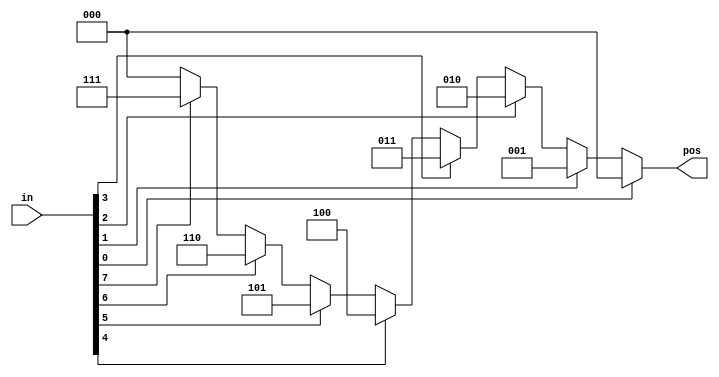
module top_module (
    input [7:0] in,
    output reg [2:0] pos );
    always @(*)
        begin
            casez (in)
                8'bz1: pos = 3'd0;
                8'bz1z: pos = 3'd1;
                8'bz1zz: pos = 3'd2;
                8'bz1zzz: pos = 3'd3;
                8'bz1zzzz: pos = 3'd4;
                8'bz1zzzzz: pos = 3'd5;
                8'bz1zzzzzz: pos = 3'd6;
                8'b1zzzzzzz: pos = 3'd7;
                default: pos = 3'b0;
            endcase
        end
endmodule